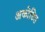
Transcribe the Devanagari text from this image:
अकोडित